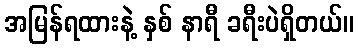
အမြန်ရထားနဲ့ နှစ် နာရီ ခရီးပဲရှိတယ်။